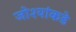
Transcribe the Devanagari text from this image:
जोश्यांकडे